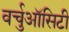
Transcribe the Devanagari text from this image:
वर्चुऑसिटी